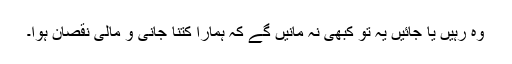
وہ رہیں یا جائیں یہ تو کبھی نہ مانیں گے کہ ہمارا کتنا جانی و مالی نقصان ہوا۔